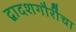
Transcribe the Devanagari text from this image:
द्वादशगौरींचा